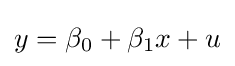
y=\beta _{0}+\beta _{1}x+u